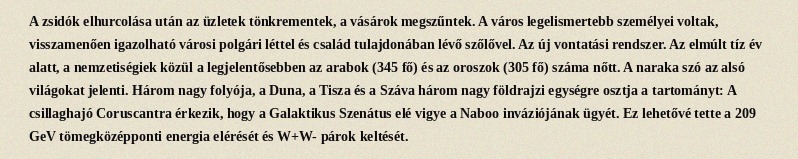
A zsidók elhurcolása után az üzletek tönkrementek, a vásárok megszűntek. A város legelismertebb személyei voltak, visszamenően igazolható városi polgári léttel és család tulajdonában lévő szőlővel. Az új vontatási rendszer. Az elmúlt tíz év alatt, a nemzetiségiek közül a legjelentősebben az arabok (345 fő) és az oroszok (305 fő) száma nőtt. A naraka szó az alsó világokat jelenti. Három nagy folyója, a Duna, a Tisza és a Száva három nagy földrajzi egységre osztja a tartományt: A csillaghajó Coruscantra érkezik, hogy a Galaktikus Szenátus elé vigye a Naboo inváziójának ügyét. Ez lehetővé tette a 209 GeV tömegközépponti energia elérését és W+W- párok keltését.